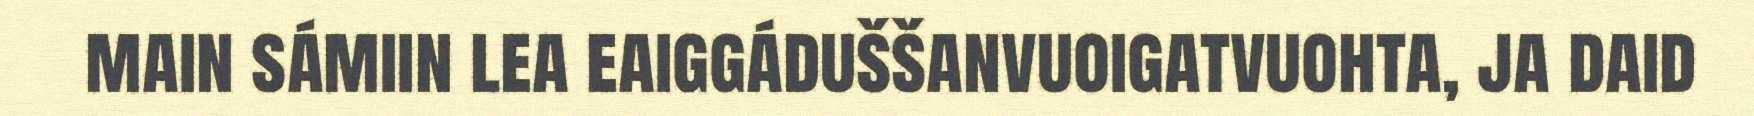
main sámiin lea eaiggáduššanvuoigatvuohta, ja daid